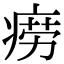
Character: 痨